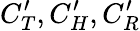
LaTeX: C_{T}^{\prime},C_{H}^{\prime},C_{R}^{\prime}